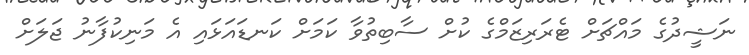
ނަޝީދުގެ މައްޗަށް ޓެރަރިޒަމްގެ ކުށް ސާބިތުވާ ކަމަށް ކަނޑައަޅައި އެ މަނިކުފާނު ޖަލަށް